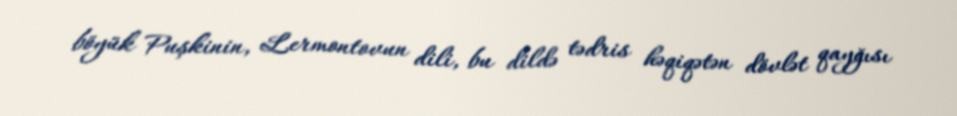
böyük Puşkinin, Lermontovun dili, bu dildə tədris həqiqətən dövlət qayğısı